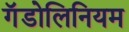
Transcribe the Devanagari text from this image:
गॅडोलिनियम